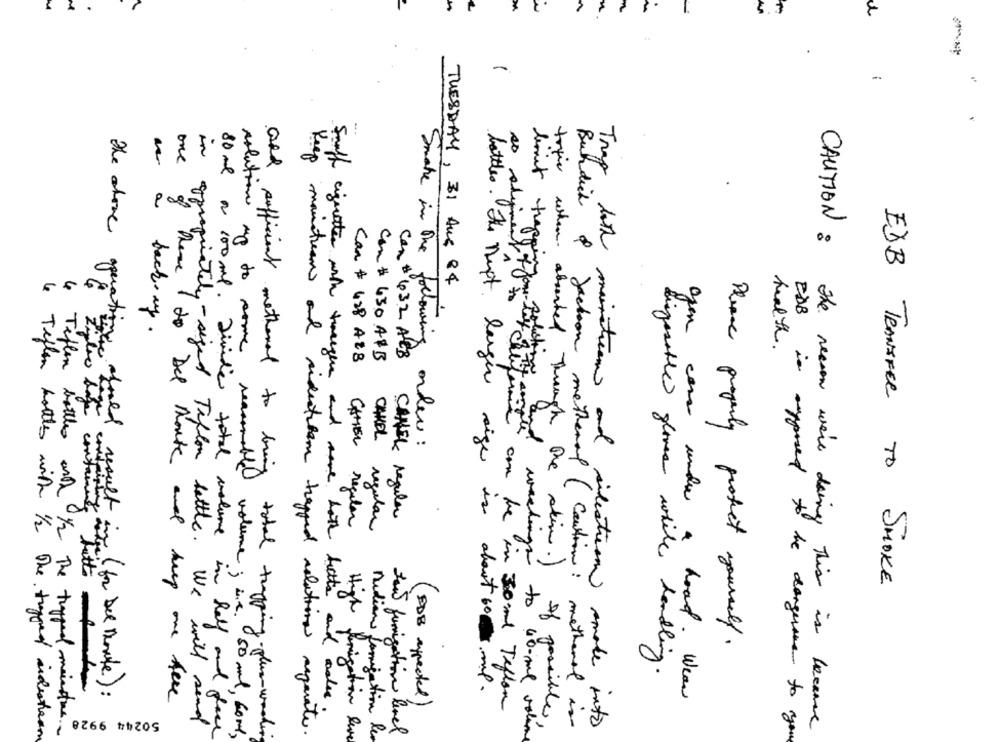
3
3.3
-
one
in
lich
CAUTION :
limit trappe
Smake in the to
TUESDAY, 31 Aug 84
EDB
as a backrug .
following
open
the stone operativisie
polation up to some
Can # 432 AGB
Can # 428 AZ8
Can $ 630 A&B
health
bottles. The Muot larger
polutiony a.
CAMEL
order :
CAKEL
and
sige
com unda
CANEL regular
regular
regular
washings
disposable gloves while
topic when aborted Through the skin . )
& Jackson metheraf ( Caution :
both mainstream and sidestream
EDB TRANSFER TO SMOKE
Please properly protect yourself.
is about 60 ml.
..
( for Del Monte) :
these 1 to Del toute and keep one here
hoard . Wear
Snuff cigaretes with trangere and save both bitte and order.
(EDS affected)
can be in 300ml Teflon
50244 9928
If possible
The reason were doing this is because
Teffen bottles andh 1/2 The trapped maisstras ..
appropriately- signed Teflon battle. We will send
methanol is
amade into
6 Teflon bottles with 1/2 The trapped indestream
80ml a 100ml. Divide total volume in half and place
reasonable volume; i.e. 50ml, 60ml,
and sufficient metheral to bring total trapping plus-working
keep mainstream and sidestiram trapped solutions aggarate.
High forigation level
Medien formulation les
faut fumigation level
to 600ml volum
is supposed to be dergese to you